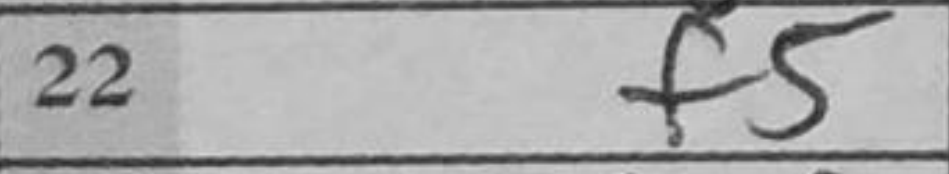
Transcription: f5